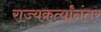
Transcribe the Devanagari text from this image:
राज्यकर्त्यांनंतर